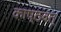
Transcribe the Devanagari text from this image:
काष्ठवत्